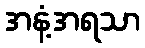
အနံ့အရသာ